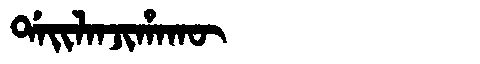
Manchu: ᡩᠠᡳᠯᠠᠨᠵᡳᡥᠠᡴᡡ
Romanization: DAILANJIHAKŪ